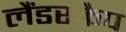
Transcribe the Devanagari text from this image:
लैंडस्कैप